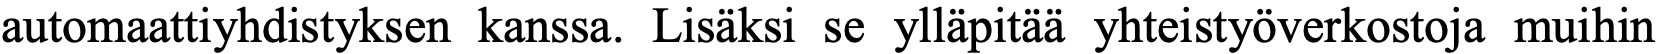
automaattiyhdistyksen kanssa. Lisäksi se ylläpitää yhteistyöverkostoja muihin